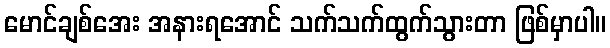
မောင်ချစ်အေး အနားရအောင် သက်သက်ထွက်သွားတာ ဖြစ်မှာပါ။